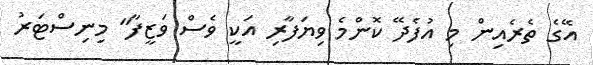
އޭގެ ތެރެއިން މި އުފެދޭ ކޮންމެ ވިޔަފާރި އަކީ ވެސް ވަޒީފާ" މިނިސްޓަރު